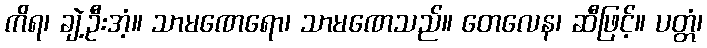
ကိရ၊ ချဲ့ဦးအံ့။ သာမဏေရော၊ သာမဏေသည်။ တေလေန၊ ဆီဖြင့်။ ပတ္တံ၊